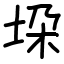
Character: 垜